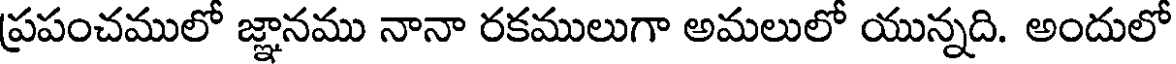
ప్రపంచములో జ్ఞానము నానా రకములుగా అమలులో యున్నది. అందులో